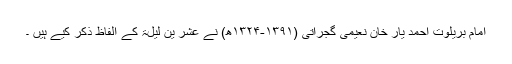
امام بریلوت احمد یار خان نعیمی گجراتی (۱۳۹۱-۱۳۲۴ھ) نے عشر ین لیلۃ کے الفاظ ذکر کیے ہیں ۔